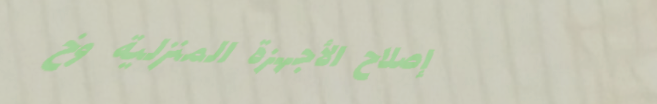
إصلاح الأجهزة المنزلية وخ